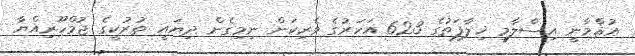
ޢުޘްމާނީ އިސްލާމީ ޚިލާފަތުގެ 623 އަހަރުގެ ވެރިކަން ނިމިގެން ދިޔައީ ތުރުކީގެ ޖުމްހޫރިއްޔާ